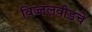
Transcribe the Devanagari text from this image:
विज्जलवीडचे